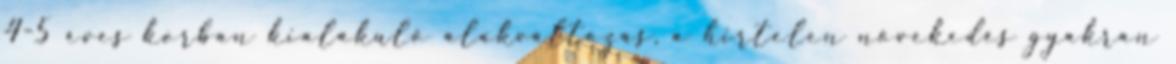
4-5 éves korban kialakuló alakváltozás, a hirtelen növekedés gyakran